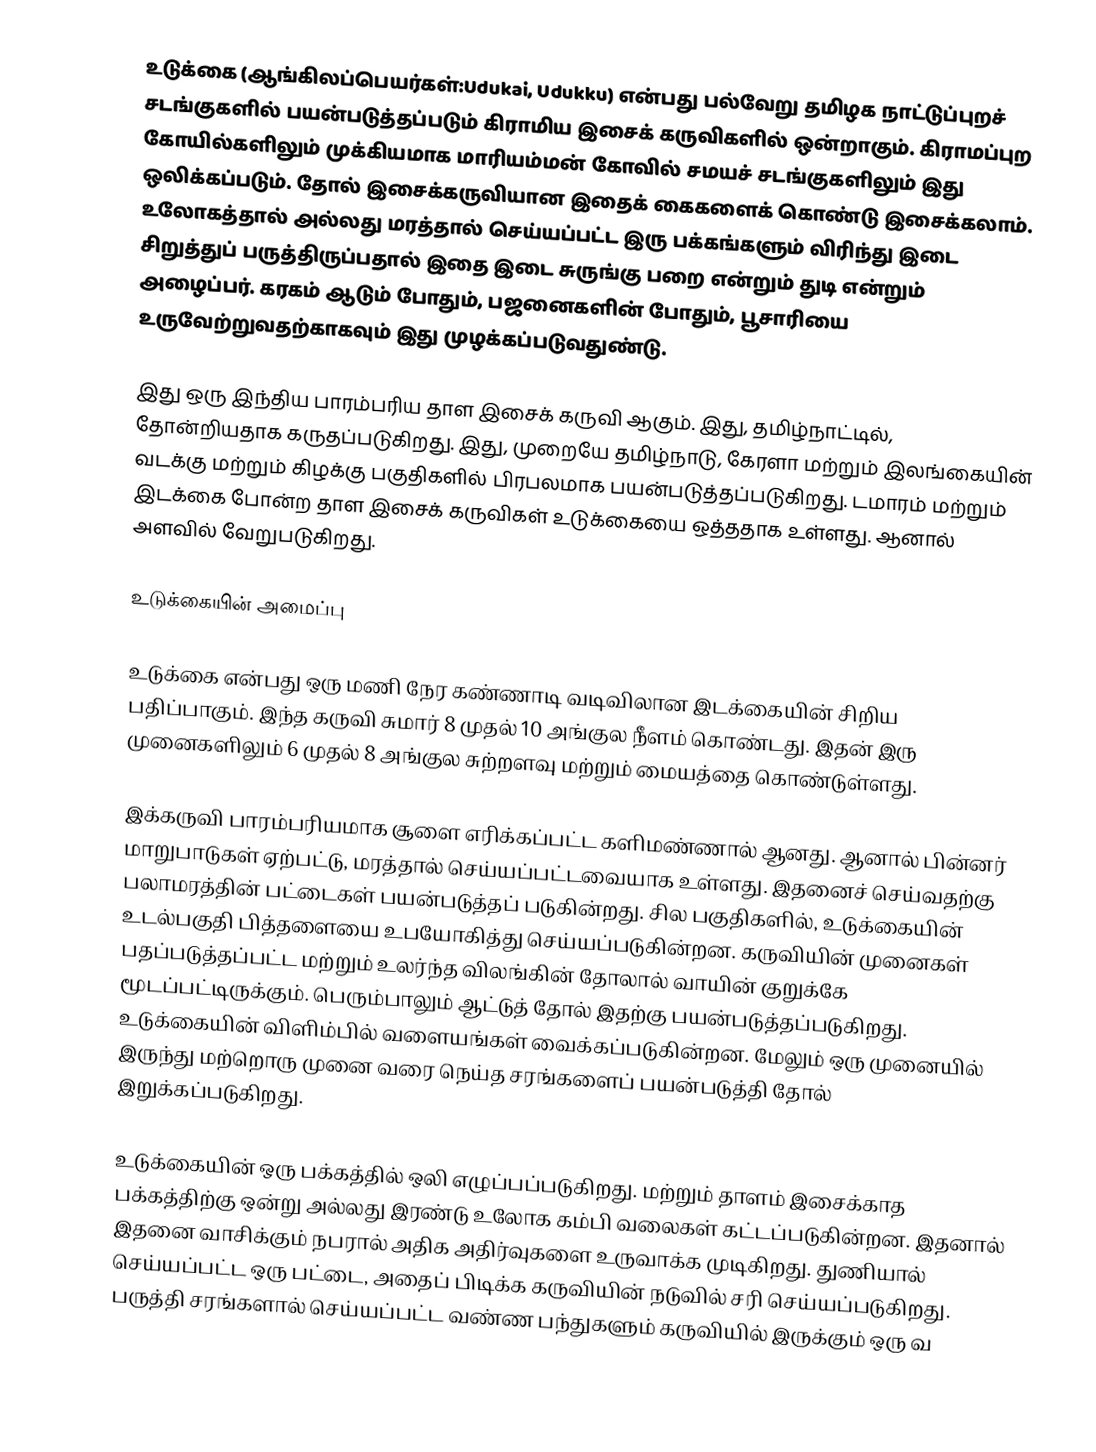
உடுக்கை (ஆங்கிலப்பெயர்கள்:Udukai, Udukku) என்பது பல்வேறு தமிழக நாட்டுப்புறச் சடங்குகளில் பயன்படுத்தப்படும் கிராமிய இசைக் கருவிகளில் ஒன்றாகும். கிராமப்புற கோயில்களிலும் முக்கியமாக மாரியம்மன் கோவில் சமயச் சடங்குகளிலும் இது ஒலிக்கப்படும். தோல் இசைக்கருவியான இதைக் கைகளைக் கொண்டு இசைக்கலாம். உலோகத்தால் அல்லது மரத்தால் செய்யப்பட்ட இரு பக்கங்களும் விரிந்து இடை சிறுத்துப் பருத்திருப்பதால் இதை இடை சுருங்கு பறை என்றும் துடி என்றும் அழைப்பர். கரகம் ஆடும் போதும், பஜனைகளின் போதும், பூசாரியை உருவேற்றுவதற்காகவும் இது முழக்கப்படுவதுண்டு.

இது ஒரு இந்திய பாரம்பரிய தாள இசைக் கருவி ஆகும். இது, தமிழ்நாட்டில், தோன்றியதாக கருதப்படுகிறது. இது, முறையே தமிழ்நாடு, கேரளா மற்றும் இலங்கையின் வடக்கு மற்றும் கிழக்கு பகுதிகளில் பிரபலமாக பயன்படுத்தப்படுகிறது. டமாரம் மற்றும் இடக்கை போன்ற தாள இசைக் கருவிகள் உடுக்கையை ஒத்ததாக உள்ளது. ஆனால் அளவில் வேறுபடுகிறது.

உடுக்கையின் அமைப்பு

உடுக்கை என்பது ஒரு மணி நேர கண்ணாடி வடிவிலான இடக்கையின் சிறிய பதிப்பாகும்.  இந்த கருவி சுமார் 8 முதல் 10 அங்குல நீளம் கொண்டது. இதன் இரு முனைகளிலும் 6 முதல் 8 அங்குல சுற்றளவு மற்றும் மையத்தை கொண்டுள்ளது.

இக்கருவி பாரம்பரியமாக சூளை எரிக்கப்பட்ட களிமண்ணால் ஆனது. ஆனால் பின்னர் மாறுபாடுகள் ஏற்பட்டு, மரத்தால் செய்யப்பட்டவையாக உள்ளது. இதனைச் செய்வதற்கு பலாமரத்தின் பட்டைகள் பயன்படுத்தப் படுகின்றது. சில பகுதிகளில், உடுக்கையின் உடல்பகுதி பித்தளையை உபயோகித்து செய்யப்படுகின்றன. கருவியின் முனைகள் பதப்படுத்தப்பட்ட மற்றும் உலர்ந்த விலங்கின் தோலால் வாயின் குறுக்கே மூடப்பட்டிருக்கும். பெரும்பாலும் ஆட்டுத் தோல் இதற்கு பயன்படுத்தப்படுகிறது. உடுக்கையின் விளிம்பில் வளையங்கள் வைக்கப்படுகின்றன. மேலும் ஒரு முனையில் இருந்து மற்றொரு முனை வரை நெய்த சரங்களைப் பயன்படுத்தி தோல் இறுக்கப்படுகிறது.

உடுக்கையின் ஒரு பக்கத்தில் ஒலி எழுப்பப்படுகிறது. மற்றும் தாளம் இசைக்காத பக்கத்திற்கு ஒன்று அல்லது இரண்டு உலோக கம்பி வலைகள் கட்டப்படுகின்றன. இதனால் இதனை வாசிக்கும் நபரால் அதிக அதிர்வுகளை உருவாக்க முடிகிறது. துணியால் செய்யப்பட்ட ஒரு பட்டை, அதைப் பிடிக்க கருவியின் நடுவில் சரி செய்யப்படுகிறது. பருத்தி சரங்களால் செய்யப்பட்ட வண்ண பந்துகளும் கருவியில் இருக்கும் ஒரு வ